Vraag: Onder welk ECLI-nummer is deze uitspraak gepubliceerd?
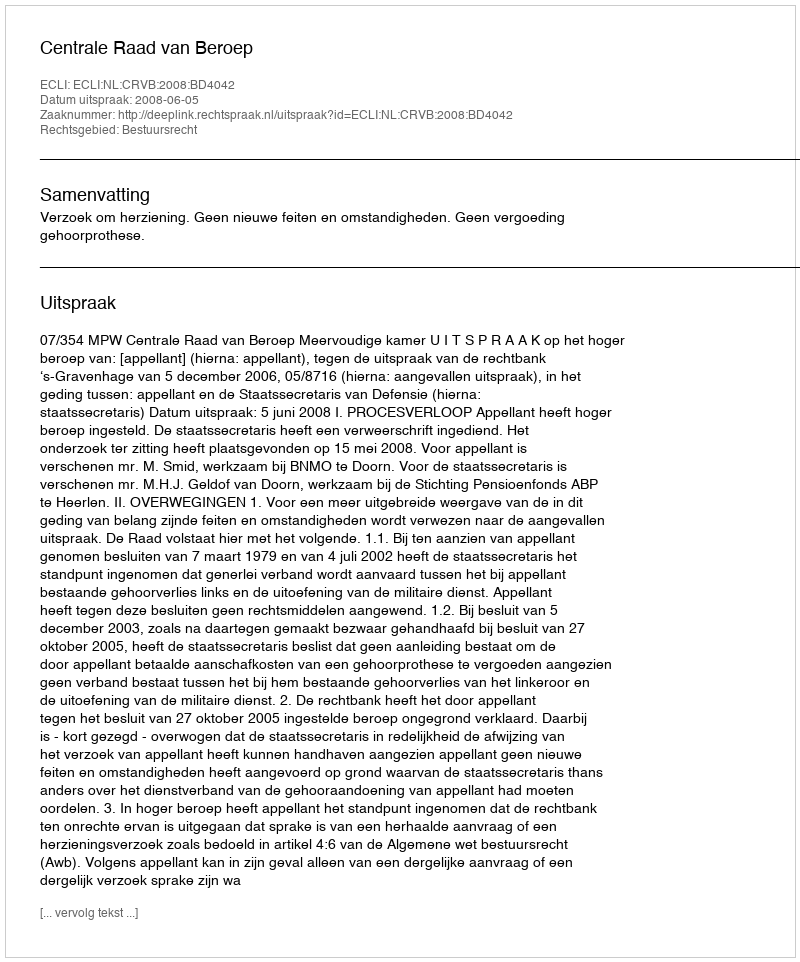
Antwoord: ECLI:NL:CRVB:2008:BD4042